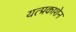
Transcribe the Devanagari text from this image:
यत्प्रकाशेन